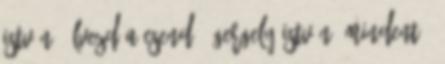
István: Élvezd a csend 1 Gergely István: Mindent 1